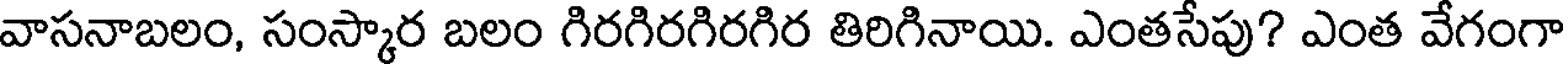
వాసనాబలం, సంస్కార బలం గిరగిరగిరగిర తిరిగినాయి. ఎంతసేపు? ఎంత వేగంగా